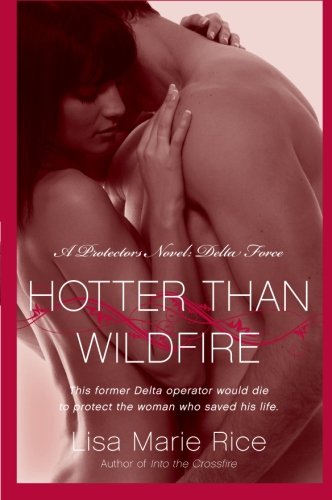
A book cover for Hotter Than Wildfire: A Protectors Novel: Delta Force (The Protectors Trilogy); Lisa Marie Rice; Romance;